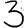
Digit: 3